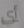
أي